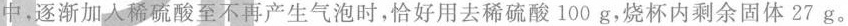
中，逐渐加入稀硫酸至不再产生气泡时，恰好用去稀硫酸100g，烧杯内剩余固体27g。